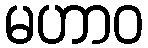
မဟာဝ